Report on sanitation, dispensaries, and jails in Rajputana for 1913, and on vaccination for the year 1913-1914 - 1913-1914
Year: 1913
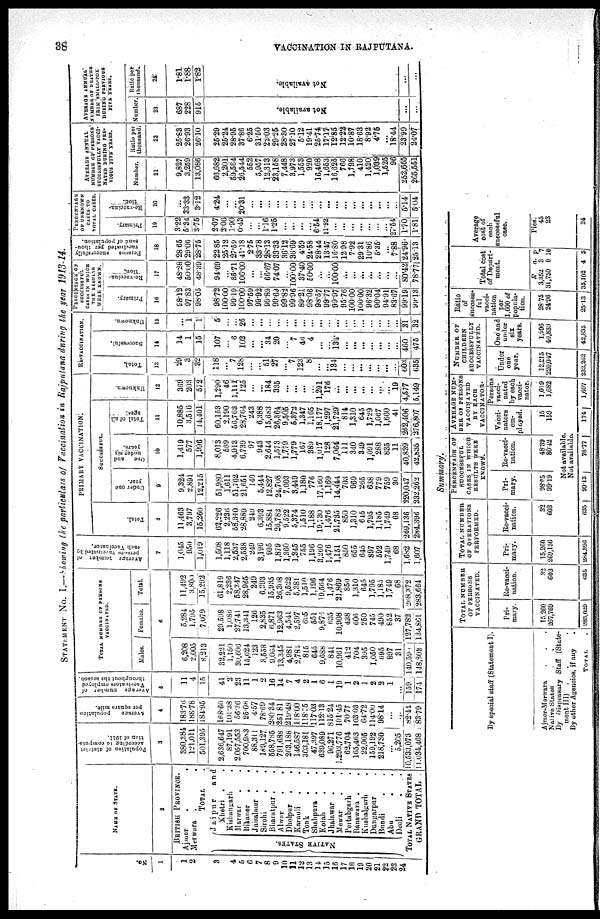
38
VACCINATION IN RAJPUTANA.
STATEMENT No. I.—Showing the particulars of Vaccination in Rajputana during the year 1913-14.
No.
1
1
2
3
4
5
6
7
8
9
10
11
12
13
14
15
16
17
18
19
20
21
22
23
24
NAME OF STATE.
2
BRITISH PROVINCE.
Ajmer . .
Merwara . .
TOTAL .
NATIVE STATES.
Jaipur
and
Khetri . .
Kishangarh .
Marwar . .
Bikaner . .
Jaisalmer . .
Sirohi . .
Bharatpur . .
Alwar
.
.
Dholpur . .
Karauli . .
Tonk . .
Shahpura . .
Kotah . .
Jhalawar . .
Mewar . .
Pertabgarh .
Banswara
.
.
Kushalgarh .
Dungarpur .
Bundi . .
Abu . .
Deoli . .
TOTAL NATIVE STATES
GRAND TOTAL
Population of district
according to computa-
tion of 1911.
3
380,384
121,011
501,395
2,636,647
87,191
2,057,553
700,983
88,311
189,127
558,785
791,688
263,188
146,587
303,181
47,397
639,089
96,271
1,293,776
62,704
165,463
22,005
159,192
218,730
...
5,205
10,533,073
11,034,468
Average
population
per square mile.
4
183.76
188.78
184.95
168.00
101.38
56.36
25.08
4.57
78.69
280.34
251.81
219.48
118.00
118.75
117.03
112.13
815.24
101.45
70.77
103.03
64.72
114.00
98.14
...
...
82.44
83.79
Average number of
Vaccinators employed
throughout the season
5
11
4
15
41
2
23
11
1
2
16
14
7
4
2
1
6
1
19
1
2
1
2
2
1
...
159
174
TOTAL NUMBER OF PERSONS
VACCINATED.
Males.
Females.
Total.
6
6,208
2,005
8,213
32,221
1,150
30,606
15,624
123
3,558
9,064
13,345
4,981
2,784
815
645
9,688
841
10,961
412
704
395
1,050
695
897
31
140,590
148,803
5,284
1,795
7,079
29,598
1,086
27,741
13,341
126
2,835
6,871
12,963
4,541
2,597
695
551
9,876
635
10,908
438
606
250
745
490
852
37
127,782
134,861
11,492
3,800
15,292
61,819
2,236
58,347
28,965
249
6,393
15,935
26,308
9,522
5,381
1,510
1,196
19,564
1,476
21,869
850
1,310
645
1,795
1,185
1,749
68
268,372
283,664
Average number of
persons vaccinated by
each Vaccinator.
7
1,045
950
1,019
1,508
1,118
2,537
2,538
249
3,196
995
1,879
1,360
1,345
755
1,196
3,260
1,476
1,151
850
655
645
897
592
1,749
68
1,682
1,607
PRIMARY VACCINATION.
Total.
8
11,463
3,797
15,260
62,226
2,236
58,340
28,889
249
6,393
15,884
26,782
9,522
5,374
1,510
1,188
19,730
1,476
21,735
850
1,310
645
1,795
1,185
1,749
68
269,136
284,396
SUCCESSFUL.
Under one
year.
9
9,324
2,891
12,215
51,980
1,611
51,762
21,651
140
5,444
12,827
24,708
7,603
3,449
1,180
776
17,160
1,169
14,444
703
969
265
638
779
759
30
220,047
232,262
One
and
under six
years.
10
1,419
577
1,996
8,013
569
4,913
6,739
97
943
2,644
1,573
1,779
1,779
167
389
1,017
128
7,064
111
340
349
1,091
288
835
11
40,839
42,835
Total of all
ages.
11
10,885
3,516
14,401
60,153
2,190
56,763
28,764
243
6,388
15,683
26,364
9,505
5,372
1,347
1,165
18,177
1,297
21,729
814
1,310
645
1,729
1,067
1,660
41
262,406
276,807
Unknown.
12
369
203
572
1,290
46
1,111
125
...
...
184
335
...
...
...
...
1,291
176
...
...
...
...
...
...
...
19
4,577
5,149
RE-VACCINATION.
Total.
13
29
3
32
118
...
7
128
...
...
51
27
...
7
123
8
...
...
134
...
...
...
...
...
...
...
603
635
Successful.
14
14
1
15
107
...
6
102
...
...
34
20
...
7
46
4
...
...
134
...
...
...
...
...
...
...
460
475
Unknown.
15
...
1
1
5
...
...
26
...
...
...
...
...
...
...
...
...
...
...
...
...
...
...
...
...
...
31
32
PERGENTAGE OF
SUCCESSFUL
CASES IN WHICH
THE RESULTS
WERE KNOWN.
Primary.
16
98.12
97.83
98.05
98.72
100.00
99.19
100.00
97.59
99.92
99.89
99.69
99.82
99.96
89.21
98.06
98.57
99.77
99.97
95.76
100.00
100.00
96.32
90.04
94.91
83.67
99.19
99.13
Re-vaccina-
tion.
17
48.28
50.00
48.39
94.69
...
85.71
100.00
...
...
66.67
74.07
...
100.00
37.40
50.00
...
...
100.00
...
...
...
...
...
...
...
80.42
78.77
Persons successfully
vaccinated per thou-
sand of population.
18
28.65
29.06
28.75
22.85
25.12
27.59
41.18
2.75
33.78
28.13
33.33
36.12
36.69
4.59
24.58
28.44
13.47
16.80
12.98
7.92
29.31
10.86
5.35
...
7.88
24.96
25.13
PERCENTAGE
OF UNKNOWN
CASES TO
TOTAL CASES.
Primary.
19
3.22
5.34
3.75
2.07
2.06
1.90
0.43
...
...
1.16
1.25
...
...
...
...
6.54
11.92
...
...
...
...
...
...
...
27.54
1.70
1.81
Re-vaccina-
tion.
20
...
33.33
3.12
4.24
...
...
20.31
...
...
...
...
...
...
...
...
...
...
...
...
...
...
...
...
..
...
5.14
5.04
AVERAGE ANNUAL
NUMBER OF PERSONS
SUCCESSFULLY VACCI-
NATED DURING PRE-
VIOUS FIVE YEARS.
Number.
21
9,827
3,259
13,086
66,682
2,201
59,564
26,544
552
5,957
12,313
23,158
7,448
3,973
1,553
920
16,468
1,653
16,625
766
1,798
410
1,420
1,039
1,525
96
252,665
265,551
Ratio per
thousand.
22
25.83
26.93
26.10
25.29
25.24
28.95
37.86
6.25
31.50
22.03
29.25
28.30
27.10
5.12
19.41
25.74
17.17
12.85
12.22
10.87
18.63
8.92
4.75
...
18.44
23.99
24.07
AVERAGE ANNUAL
NUMBER OF DEATHS
FROM SMALL-POX
DURING PERVIOUS
FIVE YEARS.
Number.
23
687
228
915
Not available.
...
...
Ratio per
thousand.
24
1.81
1.88
1.82
Not available.
...
...
Summary.
By special staff (Statement I).
Ajmer-Merwara . . .
Native States . . .
By Dispensary Staff (State-
ment III) . . .
By other Agencies, if any .
Total .
Total number
of persons
vaccinated.
Pri-
mary.
15,260
267,769
283,029
Re-vacci-
nation.
32
603
635
Total number
of operations
performed.
Pri-
mary.
15,260
269,136
284,896
Re-vacci-
nation.
32
603
635
Percentage of
successful
cases in which
results were
KNOWN.
Pri-
mary.
98.05
99.19
Re-vacci-
nation.
48.39
80.42
Average num-
ber of PERSONS
VACCINATED
BY EACH
VACCINATOR.
Vacci-
nators
em-
ployed.
15
159
Not available.
Not available.
99.13
78.77
174
Persons
vacci-
nated
by each
vacci-
nator.
1,019
1,682
1,607
Number of
children
successfully
vaccinated.
Under
one
year.
12,215
220,047
232,262
One and
under
six
years.
1,996
40,839
42,835
Ratio
of
success-
ful
vacci-
nation
per
1,000 of
popula-
tion.
28.75
24.96
25.13
Total cost
of Depart-
ment.
R
3,352
31,750
35,102
a.
3
0
4
p.
7
10
5
Average
cost of
each
successful
case.
Pies.
45
23
24